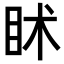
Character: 𥄵